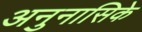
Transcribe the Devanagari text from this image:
अनुनासिके